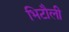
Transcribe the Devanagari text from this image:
भिटौली